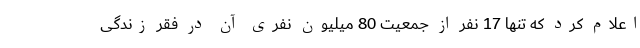
اعلام کرد که تنها 17 نفر از جمعیت 80 میلیون نفری آن در فقر زندگی